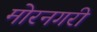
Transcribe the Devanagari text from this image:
मोरनगरी